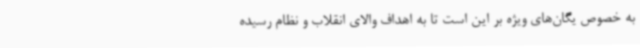
به خصوص یگان‌های ویژه بر این است تا به اهداف والای انقلاب و نظام رسیده